Leaving Certificate Examination, 1914
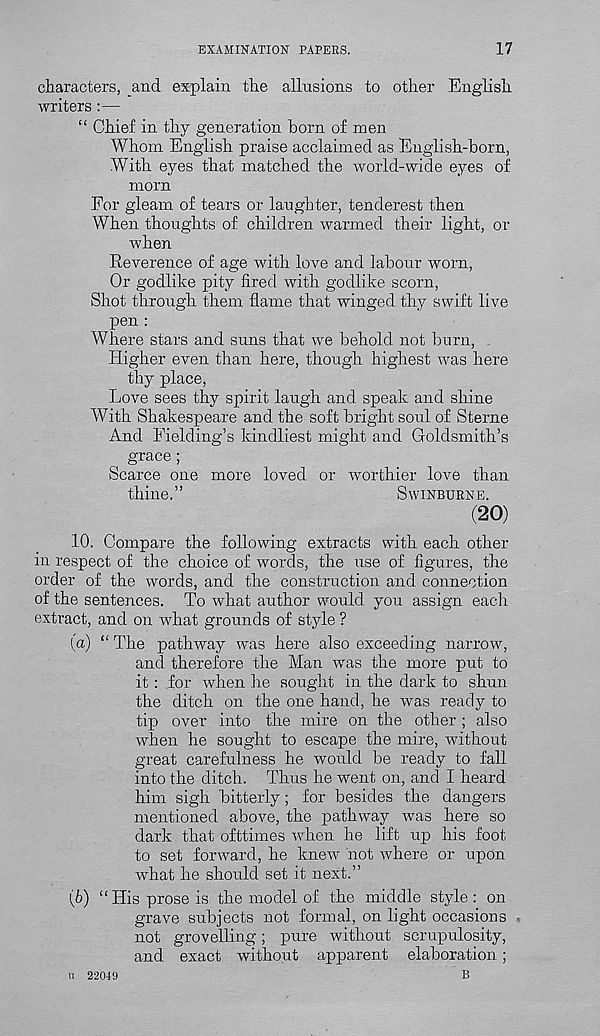
EXAMINATION PAPERS.
17
characters, and explain the allusions to other English
writers :—
“ Chief in thy generation born of men
Whom English praise acclaimed as English-born,
With eyes that matched the world-wide eyes of
morn
For gleam of tears or laughter, tenderest then
When thoughts of children warmed their light, or
when
Reverence of age with love and labour worn,
Or godlike pity fired with godlike scorn,
Shot through them flame that winged thy swift live
pen :
Where stars and suns that we behold not burn,
Higher even than here, though highest was here
thy place,
Love sees thy spirit laugh and speak and shine
With Shakespeare and the soft bright soul of Sterne
And Fielding’s kindliest might and Goldsmith’s
grace ;
Scarce one more loved or worthier love than
thine.”
SWINBURNE.
(20)
.10. Compare the following extracts with each other
in respect of the choice of words, the use of figures, the
order of the words, and the construction and connection
of the sentences. To what author would you assign each
extract, and on what grounds of style ?
(а) “ The pathway was here also exceeding narrow,
and therefore the Man was the more put to
it: for when he sought in the dark to shun
the ditch on the one hand, he was ready to
tip over into the mire on the other; also
when he sought to escape the mire, without
great carefulness he would be ready to fall
into the ditch. Thus he went on, and I heard
him sigh bitterly; for besides the dangers
mentioned above, the pathway was here so
dark that ofttimes when he lift up his foot
to set forward, he knew not where or upon
what he should set it next.”
(б) “His prose is the model of the middle style: on
grave subjects not formal, on light occasions
not grovelling; pure without scrupulosity,
and exact without apparent elaboration;
B
n 22049